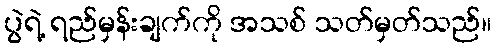
ပွဲရဲ့ ရည်မှန်းချက်ကို အသစ် သတ်မှတ်သည်။